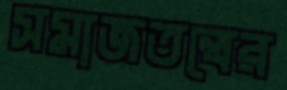
সমাজতন্ত্রের